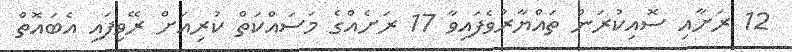
12 ރަށާއި ސޮއިކުރަން ތައްޔާރުވެފައިވާ 17 ރަށެއްގެ މަސައްކަތް ކުރިއަށް ރޭވިފައި އެބައޮތް